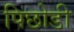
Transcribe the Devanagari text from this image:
पिछोडी